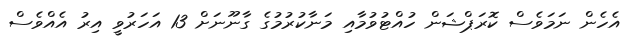
އެހެން ނަމަވެސް ކޮރަޕްޝަން ހުއްޓުވުމާއި މަނާކުރުމުގެ ގާނޫނަށް 13 އަހަރުވީ އިރު އެއްވެސް